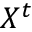
X ^ { t }